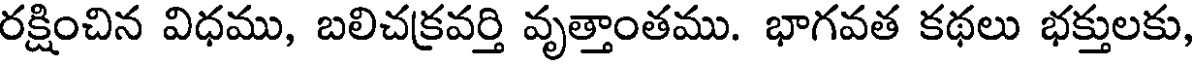
రక్షించిన విధము, బలిచక్రవర్తి వృత్తాంతము. భాగవత కథలు భక్తులకు,